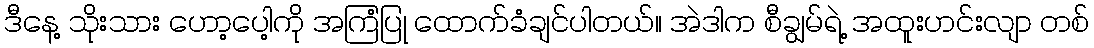
ဒီနေ့ သိုးသား ဟော့ပေါ့ကို အကြံပြု ထောက်ခံချင်ပါတယ်။ အဲဒါက စီချွမ်ရဲ့ အထူးဟင်းလျာ တစ်